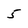
Character: 5